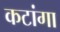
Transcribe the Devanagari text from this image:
कटांगा